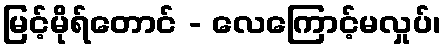
မြင့်မိုရ်တောင် - လေကြောင့်မလှုပ်၊